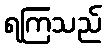
ရကြသည်